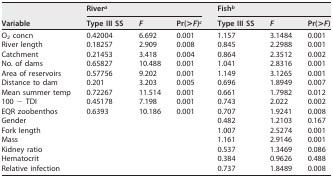
<table><thead><tr><td rowspan="2"><b>Variable</b></td><td colspan="3"><b>River<sup>a</sup></b></td><td colspan="3"><b>Fish<sup>b</sup></b></td></tr><tr><td><b>Type III SS</b></td><td><b><i>F</i></b></td><td><b>Pr(&gt;<i>F</i>)<sup>c</sup></b></td><td><b>Type III SS</b></td><td><b><i>F</i></b></td><td><b>Pr(&gt;<i>F</i>)</b></td></tr></thead><tbody><tr><td>O<sub>2</sub> concn</td><td>0.42004</td><td>6.692</td><td>0.001</td><td>1.157</td><td>3.1484</td><td>0.001</td></tr><tr><td>River length</td><td>0.18257</td><td>2.909</td><td>0.008</td><td>0.845</td><td>2.2988</td><td>0.001</td></tr><tr><td>Catchment</td><td>0.21453</td><td>3.418</td><td>0.004</td><td>0.864</td><td>2.3512</td><td>0.002</td></tr><tr><td>No. of dams</td><td>0.65827</td><td>10.488</td><td>0.001</td><td>1.041</td><td>2.8316</td><td>0.001</td></tr><tr><td>Area of reservoirs</td><td>0.57756</td><td>9.202</td><td>0.001</td><td>1.149</td><td>3.1265</td><td>0.001</td></tr><tr><td>Distance to dam</td><td>0.201</td><td>3.203</td><td>0.005</td><td>0.696</td><td>1.8949</td><td>0.007</td></tr><tr><td>Mean summer temp</td><td>0.72267</td><td>11.514</td><td>0.001</td><td>0.661</td><td>1.7982</td><td>0.012</td></tr><tr><td>100 − TDI</td><td>0.45178</td><td>7.198</td><td>0.001</td><td>0.743</td><td>2.022</td><td>0.002</td></tr><tr><td>EQR zoobenthos</td><td>0.6393</td><td>10.186</td><td>0.001</td><td>0.707</td><td>1.9241</td><td>0.008</td></tr><tr><td>Gender</td><td></td><td></td><td></td><td>0.482</td><td>1.2103</td><td>0.167</td></tr><tr><td>Fork length</td><td></td><td></td><td></td><td>1.007</td><td>2.5274</td><td>0.001</td></tr><tr><td>Mass</td><td></td><td></td><td></td><td>1.161</td><td>2.9146</td><td>0.001</td></tr><tr><td>Kidney ratio</td><td></td><td></td><td></td><td>0.537</td><td>1.3469</td><td>0.086</td></tr><tr><td>Hematocrit</td><td></td><td></td><td></td><td>0.384</td><td>0.9626</td><td>0.488</td></tr><tr><td>Relative infection</td><td></td><td></td><td></td><td>0.737</td><td>1.8489</td><td>0.008</td></tr></tbody></table>